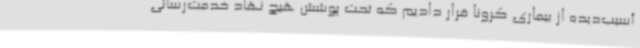
آسیب‌دیده از بیماری کرونا قرار دادیم که تحت پوشش هیچ نهاد خدمت‌رسانی